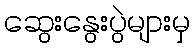
ဆွေးနွေးပွဲများမှ